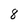
Character: 8